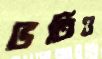
ভর্তিও